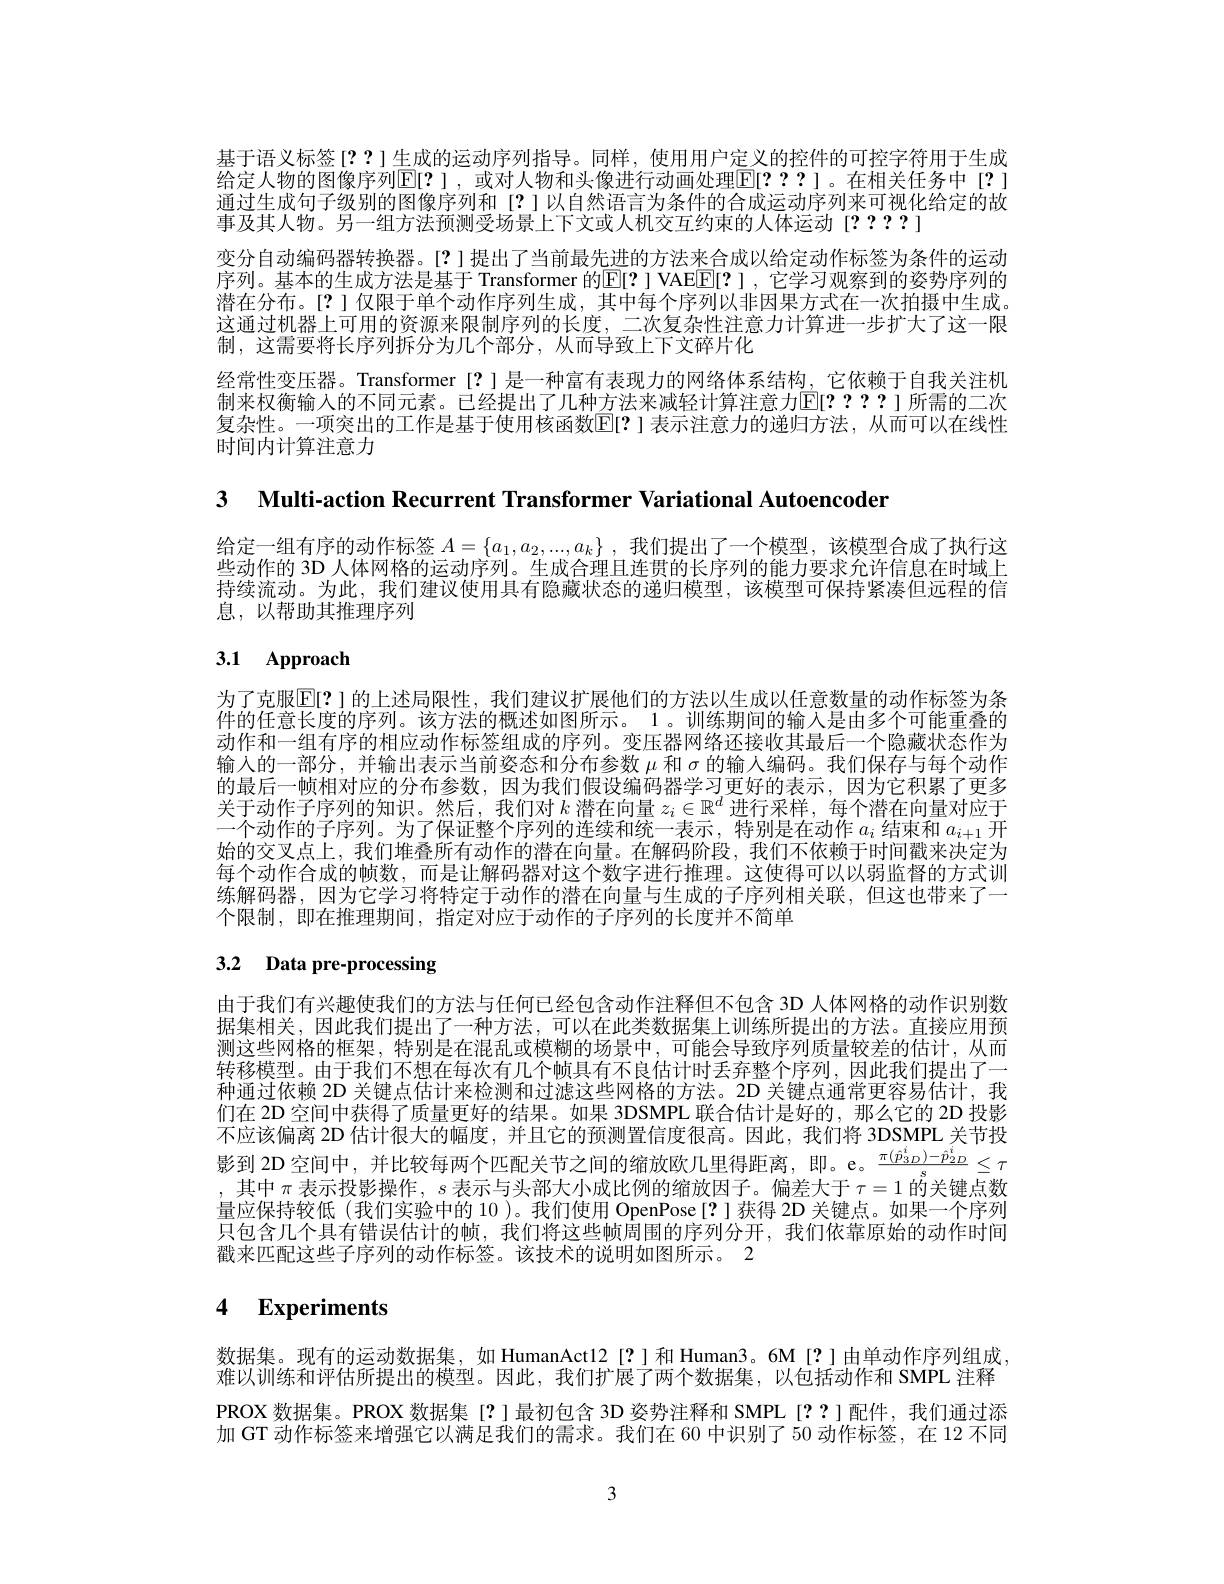
基于语义标签[??]生成的运动序列指导。同样，使用用户定义的控件的可控字符用于生成给定人物的图像序列$\operatorname{E}[?]$,或对人物和头像进行动画处理$\operatorname{E}[???]$。在相关任务中[?] 通过生成句子级别的图像序列和[?]以自然语言为条件的合成运动序列来可视化给定的故事及其人物。另一组方法预测受场景上下文或人机交互约束的人体运动[????]
变分自动编码器转换器。[?]提出了当前最先进的方法来合成以给定动作标签为条件的运动序列。基本的生成方法是基于 Transformer 的$\boxed{\mathrm{E}[?]}$ VAEE[?] ,它学习观察到的姿势序列的潜在分布。[?]仅限于单个动作序列生成，其中每个序列以非因果方式在一次拍摄中生成。这通过机器上可用的资源来限制序列的长度，二次复杂性注意力计算进一步扩大了这一限制，这需要将长序列拆分为几个部分，从而导致上下文碎片化
经常性变压器。Transformer[?]是一种富有表现力的网络体系结构，它依赖于自我关注机制来权衡输入的不同元素。已经提出了几种方法来减轻计算注意力$\mathbb{E}[????]$所需的二次复杂性。一项突出的工作是基于使用核函数E[?] 表示注意力的递归方法，从而可以在线性时间内计算注意力

3 $\textbf{Multi- action Recurrent Transformer Variational Autoencoder}$

给定一组有序的动作标签$A=\{a_1,a_2,...,a_k\}$ ,我们提出了一个模型 ,该模型合成了执行这些动作的 3D 人体网格的运动序列。生成合理且连贯的长序列的能力要求允许信息在时域上持续流动。为此，我们建议使用具有隐藏状态的递归模型，该模型可保持紧凑但远程的信息，以帮助其推理序列

# 3.1 Approach

为了克服E[?]的上述局限性，我们建议扩展他们的方法以生成以任意数量的动作标签为条件的任意长度的序列。该方法的概述如图所示。1。训练期间的输入是由多个可能重叠的动作和一组有序的相应动作标签组成的序列。变压器网络还接收其最后一个隐藏状态作为输入的一部分，并输出表示当前姿态和分布参数$\mu$和$\sigma$的输人编码。我们保存与每个动作的最后一帧相对应的分布参数，因为我们假设编码器学习更好的表示，因为它积累了更多关于动作子序列的知识。然后，我们对$k$潜在向量$z_i\in\mathbb{R}^d$进行采样，每个潜在向量对应于一个动作的子序列。为了保证整个序列的连续和统一表示，特别是在动作$a_i$结束和$a_i+1$开始的交叉点上，我们堆叠所有动作的潜在向量。在解码阶段，我们不依赖于时间戳来决定为每个动作合成的帧数，而是让解码器对这个数字进行推理。这使得可以以弱监督的方式训练解码器，因为它学习将特定于动作的潜在向量与生成的子序列相关联，但这也带来了一个限制，即在推理期间，指定对应于动作的子序列的长度并不简单

# 3.2 Data pre-processing

由于我们有兴趣使我们的方法与任何已经包含动作注释但不包含 3D 人体网格的动作识别数据集相关，因此我们提出了一种方法，可以在此类数据集上训练所提出的方法。直接应用预测这些网格的框架，特别是在混乱或模糊的场景中，可能会导致序列质量较差的估计，从而转移模型。由于我们不想在每次有几个帧具有不良估计时丢弃整个序列，因此我们提出了一种通过依赖 2D 关键点估计来检测和过滤这些网格的方法。2D 关键点通常更容易估计，我们在 2D 空间中获得了质量更好的结果。如果 3DSMPL 联合估计是好的，那么它的 2D 投影不应该偏离 2D 估计很大的幅度，并且它的预测置信度很高。因此，我们将 3DSMPL 关节投影到 2D 空间中，并比较每两个匹配关节之间的缩放欧几里得距离，即。e。$\frac{\pi(\hat{p}_{3D}^i)-\hat{p}_{2D}^i}{s}\leq\tau$ ,其中$\pi$表示投影操作，$s$表示与头部大小成比例的缩放因子。偏差大于$\tau=1$的关键点数量应保持较低(我们实验中的 10)。我们使用 OpenPose[?]获得 2D 关键点。如果一个序列只包含几个具有错误估计的帧，我们将这些帧周围的序列分开，我们依靠原始的动作时间戳来匹配这些子序列的动作标签。该技术的说明如图所示。2

# 4 Experiments

数据集。现有的运动数据集，如 HumanAct12[?]和 Human3。6M[?]由单动作序列组成难以训练和评估所提出的模型。因此，我们扩展了两个数据集，以包括动作和 SMPL 注释PROX 数据集。PROX 数据集[?]最初包含 3D 姿势注释和 SMPL[??]配件，我们通过添加 GT 动作标签来增强它以满足我们的需求。我们在 60 中识别了 50 动作标签，在 12 不同

3